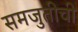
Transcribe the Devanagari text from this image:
समजुतीची